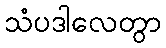
သံပဒါလေတွာ